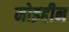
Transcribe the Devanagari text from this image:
मोइद्दीन